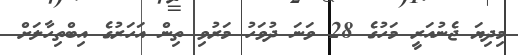
މިދިޔަ ޖެނުއަރީ މަހުގެ 28 ވަނަ ދުވަހު މަރުވި ތިން އަހަރުގެ އިބްތިހާލަށް